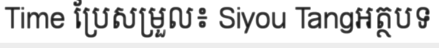
Time ប្រែសម្រួល៖ Siyou Tangអត្ថបទ